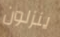
ينزلون